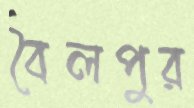
বৈলপুর